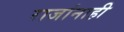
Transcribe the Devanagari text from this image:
राजांनाही